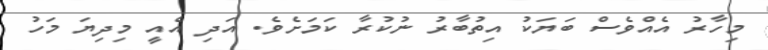
މިހާރު އެއްވެސް ބަޔަކު އިތުބާރު ނުކުރާ ކަމަށެވެ. އަދި އެއީ މިދިޔަ މަހު